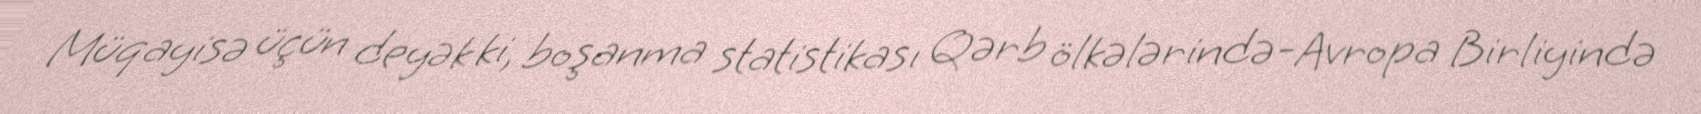
Müqayisə üçün deyək ki, boşanma statistikası Qərb ölkələrində-Avropa Birliyində